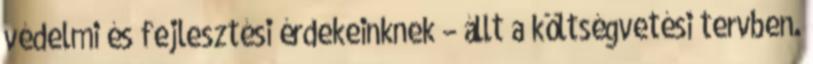
védelmi és fejlesztési érdekeinknek – állt a költségvetési tervben.